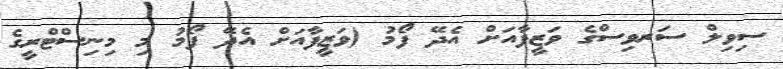
ސިވިލް ސަރވިސްގެ ވަޒީފާއަށް އެދޭ ފޯމު (ވަޒީފާއަށް އެދޭ ފޯމު މި މިނިސްޓްރީގެ